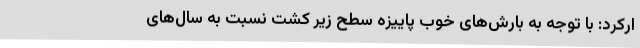
ارکرد: با توجه به بارش‌های خوب پاییزه سطح زیر کشت نسبت به سال‌های